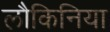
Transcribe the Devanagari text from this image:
लौकिनिया